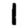
Digit: 1